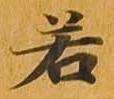
若